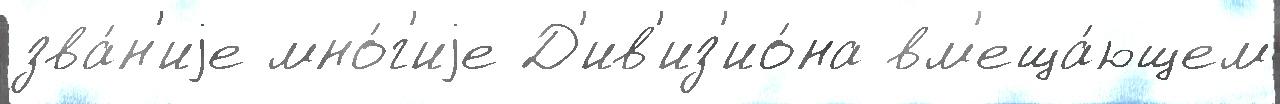
зва́н'иjе мно́г'иjе Д'ив'из'ио́на вм'еща́ющем